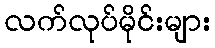
လက်လုပ်မိုင်းများ